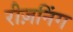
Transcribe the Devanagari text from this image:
रीज़निंग